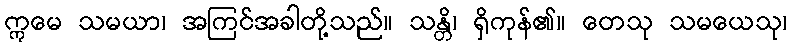
ဣမေ သမယာ၊ အကြင်အခါတို့သည်။ သန္တိ၊ ရှိကုန်၏။ တေသု သမယေသု၊